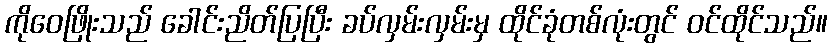
ကိုဝေဖြိုးသည် ခေါင်းညိတ်ပြပြီး ခပ်လှမ်းလှမ်းမှ ထိုင်ခုံတစ်လုံးတွင် ဝင်ထိုင်သည်။